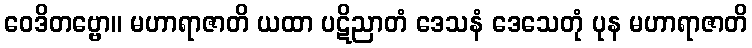
ဝေဒိတဗ္ဗော။ မဟာရာဇာတိ ယထာ ပဋိညာတံ ဒေသနံ ဒေသေတုံ ပုန မဟာရာဇာတိ